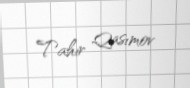
Tahir Qasımov